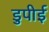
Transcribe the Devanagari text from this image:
डुपीई